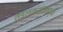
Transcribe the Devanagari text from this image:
तेंडुलकरविरुद्ध